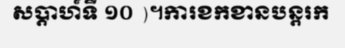
សប្តាហ៍ទី ១០ )។ការខកខានបន្តរក